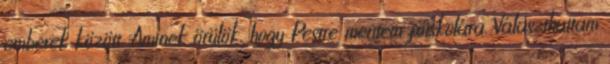
emberek között. Aminek örülök, hogy Pestre mentem főiskolára. Választhattam